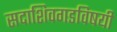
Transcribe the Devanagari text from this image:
सदाशिवगडविषयी